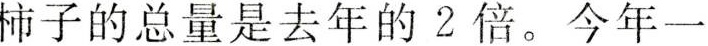
柿子的总量是去年的的2倍。今年一